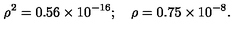
\rho ^ { 2 } = 0 . 5 6 \times 1 0 ^ { - 1 6 } ; \quad \rho = 0 . 7 5 \times 1 0 ^ { - 8 } .